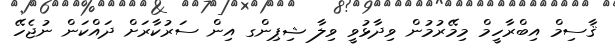
ޤާސިމް އިބްރާހީމް މިމޭރުމުން ވިދާޅުވީ ވިލާ ޝިޕިންގ އިން ސަރުކާރަށް ދައްކަން ނުޖެހޭ